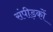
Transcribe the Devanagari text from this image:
संपीड़कों